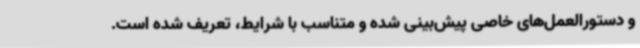
و دستورالعمل‌های خاصی پیش‌بینی شده و متناسب با شرایط، تعریف شده است.